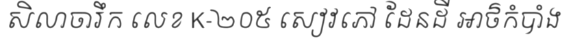
សិលាចារឹក លេខ K-២០៥ សៀវភៅ ដែនដី អាថ៌កំបាំង